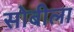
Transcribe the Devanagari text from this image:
सोबीला